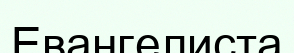
Евангелиста